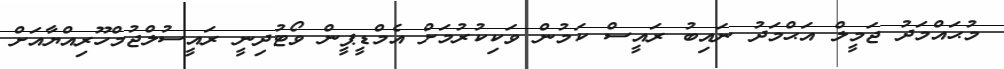
މުޙައްމަދު ޖަމީލް އަޙްމަދު ނައިބު ރައީސް ކަމުން ވަކިކުރުމަށް އެމްޑީޕީން ވޯޓުދިނީ ރައީސުލްޖުމްހޫރިއްޔާއަށް